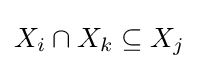
X_{i}\cap X_{k}\subseteq X_{j}